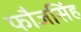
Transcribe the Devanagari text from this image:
फौजसिंह